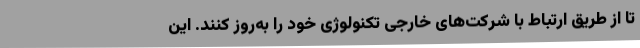
تا از طریق ارتباط با شرکت‌های خارجی تکنولوژی خود را به‌روز کنند. این